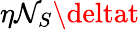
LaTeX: \eta\mathcal{N}_{S}\deltat